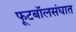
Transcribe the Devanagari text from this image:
फूटबॉलसंघात